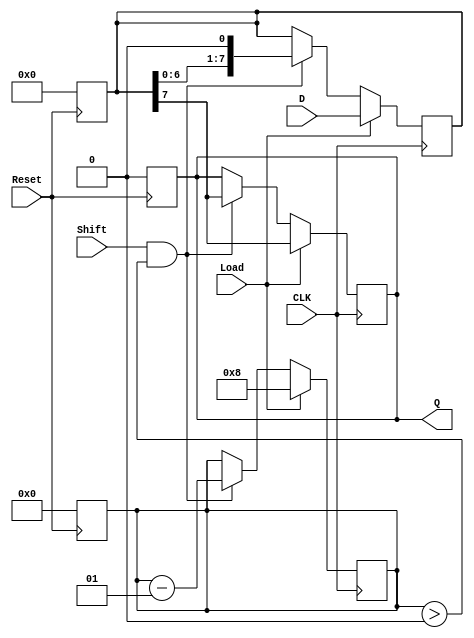
module PISO_Register #(
    parameter n = 8  // Width of the input data
)(
    input wire [n-1:0] D,     // Parallel data input
    input wire Load,          // Load signal
    input wire Shift,         // Shift signal
    input wire CLK,           // Clock signal
    input wire Reset,         // Asynchronous reset signal
    output reg Q              // Serial output
);

    reg [n-1:0] shift_reg;    // Internal shift register
    integer bit_count;        // Counter for shifted bits

    // Asynchronous reset
    always @(posedge Reset) begin
        shift_reg <= {n{1'b0}}; // Clear the shift register
        Q <= 1'b0;              // Clear the output
        bit_count <= 0;         // Reset bit count
    end

    // Synchronous operations
    always @(posedge CLK) begin
        if (Load) begin
            shift_reg <= D;     // Load data into shift register
            Q <= shift_reg[n-1]; // Output the MSB
            bit_count <= n;     // Initialize bit count
        end else if (Shift && bit_count > 0) begin
            Q <= shift_reg[n-1]; // Output the MSB
            shift_reg <= {shift_reg[n-2:0], 1'b0}; // Shift left
            bit_count <= bit_count - 1; // Decrement bit count
        end
    end

endmodule